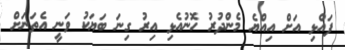
ފައްޅި އަށް އިއްޔެ މެންދުރު ހޮނުއެޅި އިރު ގިނަ ބަޔަކު ވަނީ އެތަނަށް